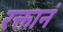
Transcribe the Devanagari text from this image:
रक्तानं